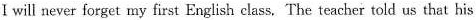
I will never forget my first English class. The teacher told us that his